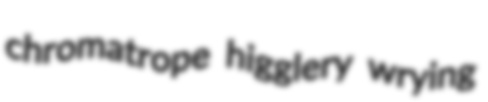
chromatrope higglery wrying